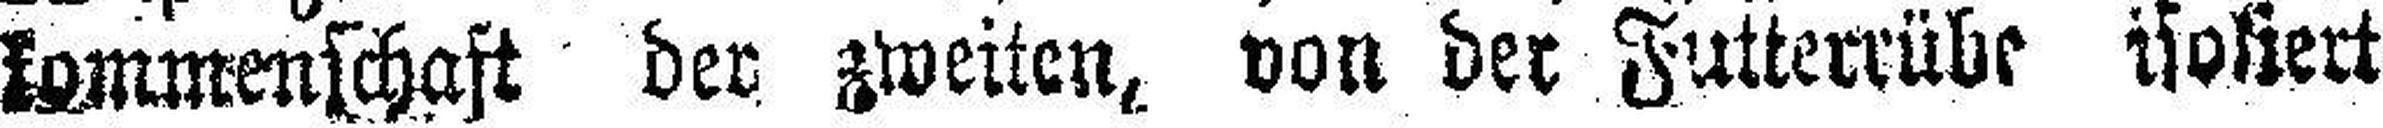
kommenschaft der zweiten, von der Futterrübe isoliert